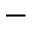
-